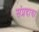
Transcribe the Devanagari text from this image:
संप्रदाया